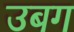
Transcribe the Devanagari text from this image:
उबग